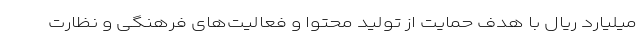
میلیارد ریال با هدف حمایت از تولید محتوا و فعالیت‌های فرهنگی و نظارت